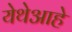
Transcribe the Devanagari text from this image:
येथेआहे